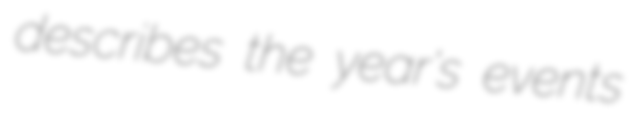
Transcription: describes the year's events